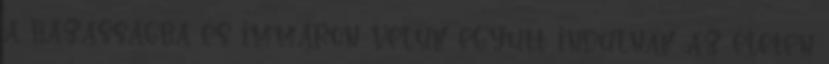
a házasságba és immáron velük együtt indulnak az életen